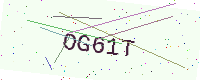
Text: OG61T